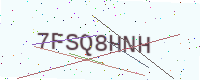
Text: 7FSQ8HNH